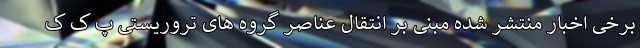
برخی اخبار منتشر شده مبنی بر انتقال عناصر گروه های تروریستی پ ک ک